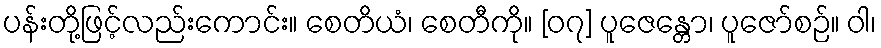
ပန်းတို့ဖြင့်လည်းကောင်း။ စေတိယံ၊ စေတီကို။ [၀၇] ပူဇေန္တော၊ ပူဇော်စဉ်။ ဝါ၊